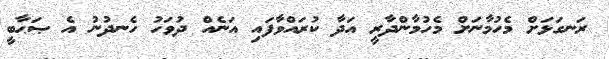
ރަނގަޅަށް މެހުމާނަށް މެހުމާންދާރީ އަދާ ކުރައްވާފައި އަނެއް ދުވަހު ހެނދުނު އެ ޞަޙާބީ